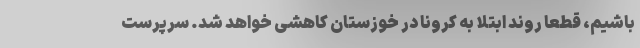
باشیم، قطعا روند ابتلا به کرونا در خوزستان کاهشی خواهد شد. سرپرست